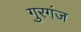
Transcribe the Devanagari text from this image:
गुरगंज